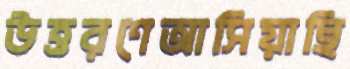
উত্তরণেআসিয়াছি